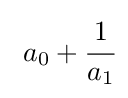
\ a_{0}+{\cfrac {1}{a_{1}}}